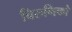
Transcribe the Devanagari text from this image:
चिरुगिको